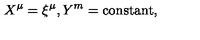
X ^ { \mu } = \xi ^ { \mu } , Y ^ { m } = \mathrm { c o n s t a n t } ,